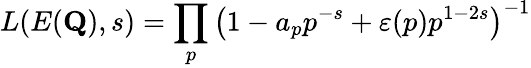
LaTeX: L(E(\mathbf{Q}),s)=\prod_{p}\left(1-a_{p}p^{-s}+\varepsilon(p)p^{1-2s}\right)^{-1}